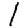
Digit: 1